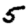
Digit: 5